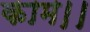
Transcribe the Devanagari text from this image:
काम।।